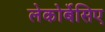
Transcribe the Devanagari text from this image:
लेकोर्बेसिए